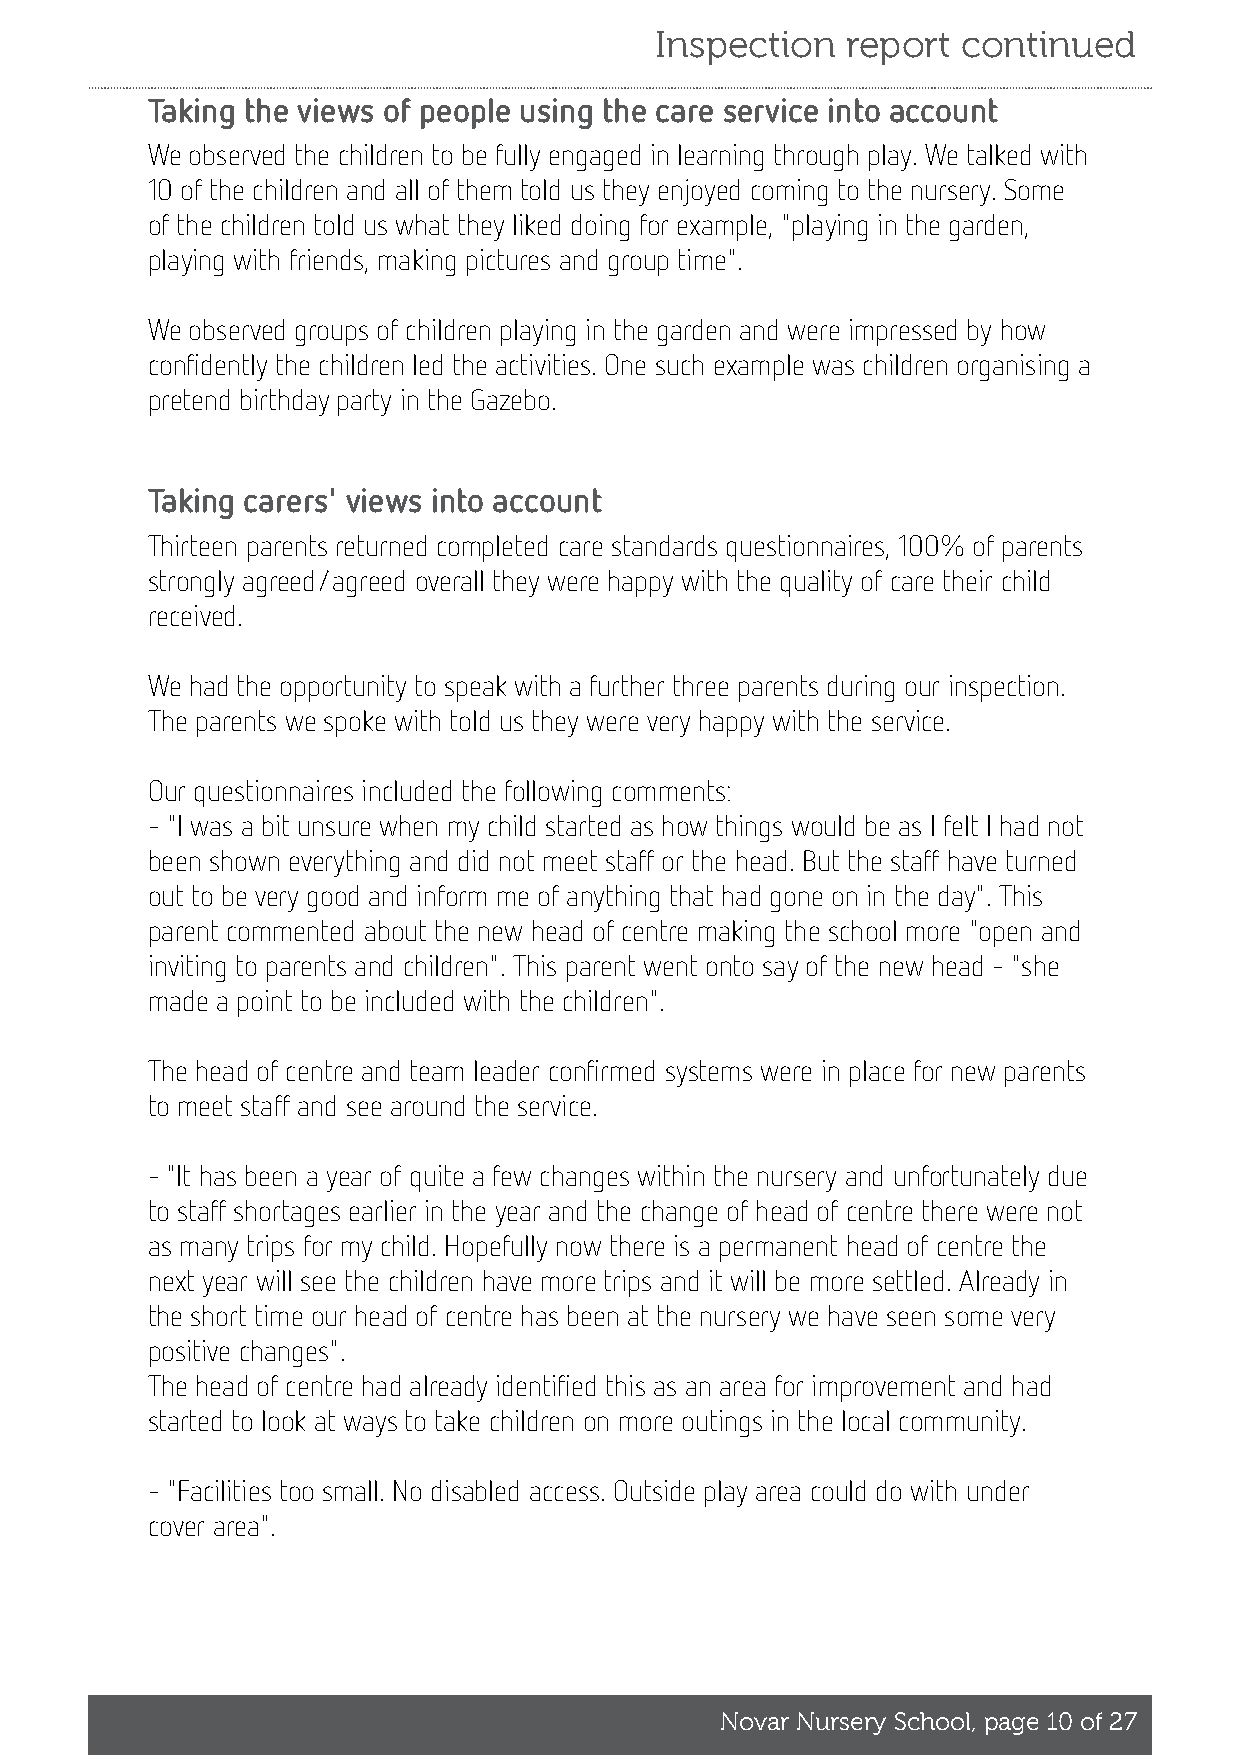
Inspection   report  continued
 Taking the views of people using the care service into account
 We observed the children to be fully engaged in learning through play. We talked with
 10 of the children and all of them told us they enjoyed coming to the nursery. Some
 of the children told us what they liked doing for example, "playing in the garden,
 playing with friends, making pictures and group time".
 We observed groups of children playing in the garden and were impressed by how
 confidently the children led the activities. One such example was children organising a
 pretend birthday party in the Gazebo.
 Taking carers' views into account
 Thirteen parents returned completed care standards questionnaires, 100% of parents
 strongly agreed/agreed overall they were happy with the quality of care their child
 received.
 We had the opportunity to speak with a further three parents during our inspection.
 The parents we spoke with told us they were very happy with the service.
 Our questionnaires included the following comments:
 - "I was a bit unsure when my child started as how things would be as I felt I had not
 been shown everything and did not meet staff or the head. But the staff have turned
 out to be very good and inform me of anything that had gone on in the day". This
 parent commented about the new head of centre making the school more "open and
 inviting to parents and children". This parent went onto say of the new head - "she
 made a point to be included with the children".
 The head of centre and team leader confirmed systems were in place for new parents
 to meet staff and see around the service.
 - "It has been a year of quite a few changes within the nursery and unfortunately due
 to staff shortages earlier in the year and the change of head of centre there were not
 as many trips for my child. Hopefully now there is a permanent head of centre the
 next year will see the children have more trips and it will be more settled. Already in
 the short time our head of centre has been at the nursery we have seen some very
 positive changes".
 The head of centre had already identified this as an area for improvement and had
 started to look at ways to take children on more outings in the local community.
 - "Facilities too small. No disabled access. Outside play area could do with under
 cover area".
 Novar Nursery School, page 10 of 27